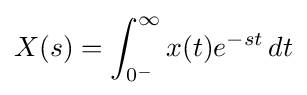
X(s)=\int _{0^{-}}^{\infty }x(t)e^{-st}\,dt